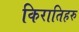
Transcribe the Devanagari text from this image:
किरातिहरु